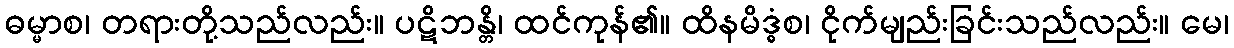
ဓမ္မာစ၊ တရားတို့သည်လည်း။ ပဋိဘန္တိ၊ ထင်ကုန်၏။ ထိနမိဒ္ဓံစ၊ ငိုက်မျည်းခြင်းသည်လည်း။ မေ၊